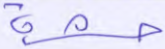
حشرة